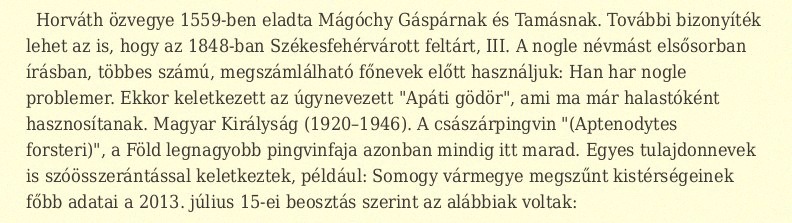
Horváth özvegye 1559-ben eladta Mágóchy Gáspárnak és Tamásnak. További bizonyíték lehet az is, hogy az 1848-ban Székesfehérvárott feltárt, III. A nogle névmást elsősorban írásban, többes számú, megszámlálható főnevek előtt használjuk: Han har nogle problemer. Ekkor keletkezett az úgynevezett "Apáti gödör", ami ma már halastóként hasznosítanak. Magyar Királyság (1920–1946). A császárpingvin "(Aptenodytes forsteri)", a Föld legnagyobb pingvinfaja azonban mindig itt marad. Egyes tulajdonnevek is szóösszerántással keletkeztek, például: Somogy vármegye megszűnt kistérségeinek főbb adatai a 2013. július 15-ei beosztás szerint az alábbiak voltak: